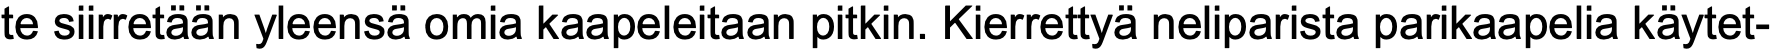
te siirretään yleensä omia kaapeleitaan pitkin. Kierrettyä neliparista parikaapelia käytet-